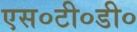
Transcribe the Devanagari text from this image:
एस०टी०डी०